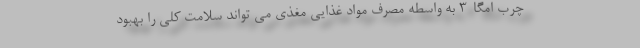
چرب امگا-3 به واسطه مصرف مواد غذایی مغذی می تواند سلامت کلی را بهبود